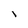
Character: I